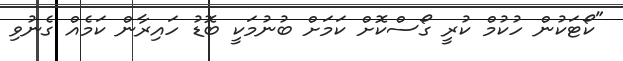
"ކޯޓަކުން ހުކުމް ކުރީ ގޯސްކޮށް ކަމަށް ބުނުމަކީ ބޮޑު ހައިރާން ކަމެއް ގެނުވި